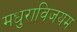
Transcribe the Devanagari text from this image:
मधुराविजयम